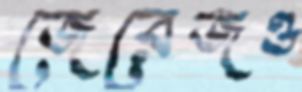
জেরেজও